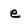
Character: e